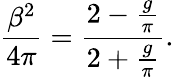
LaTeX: {\frac{\beta^{2}}{4\pi}}={\frac{2-{\frac{g}{\pi}}}{2+{\frac{g}{\pi}}}}.